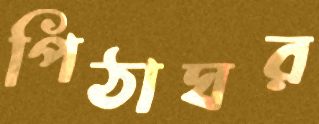
পিঠাঘর